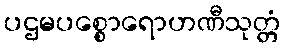
ပဌမပစ္စောရောဟဏီသုတ္တံ